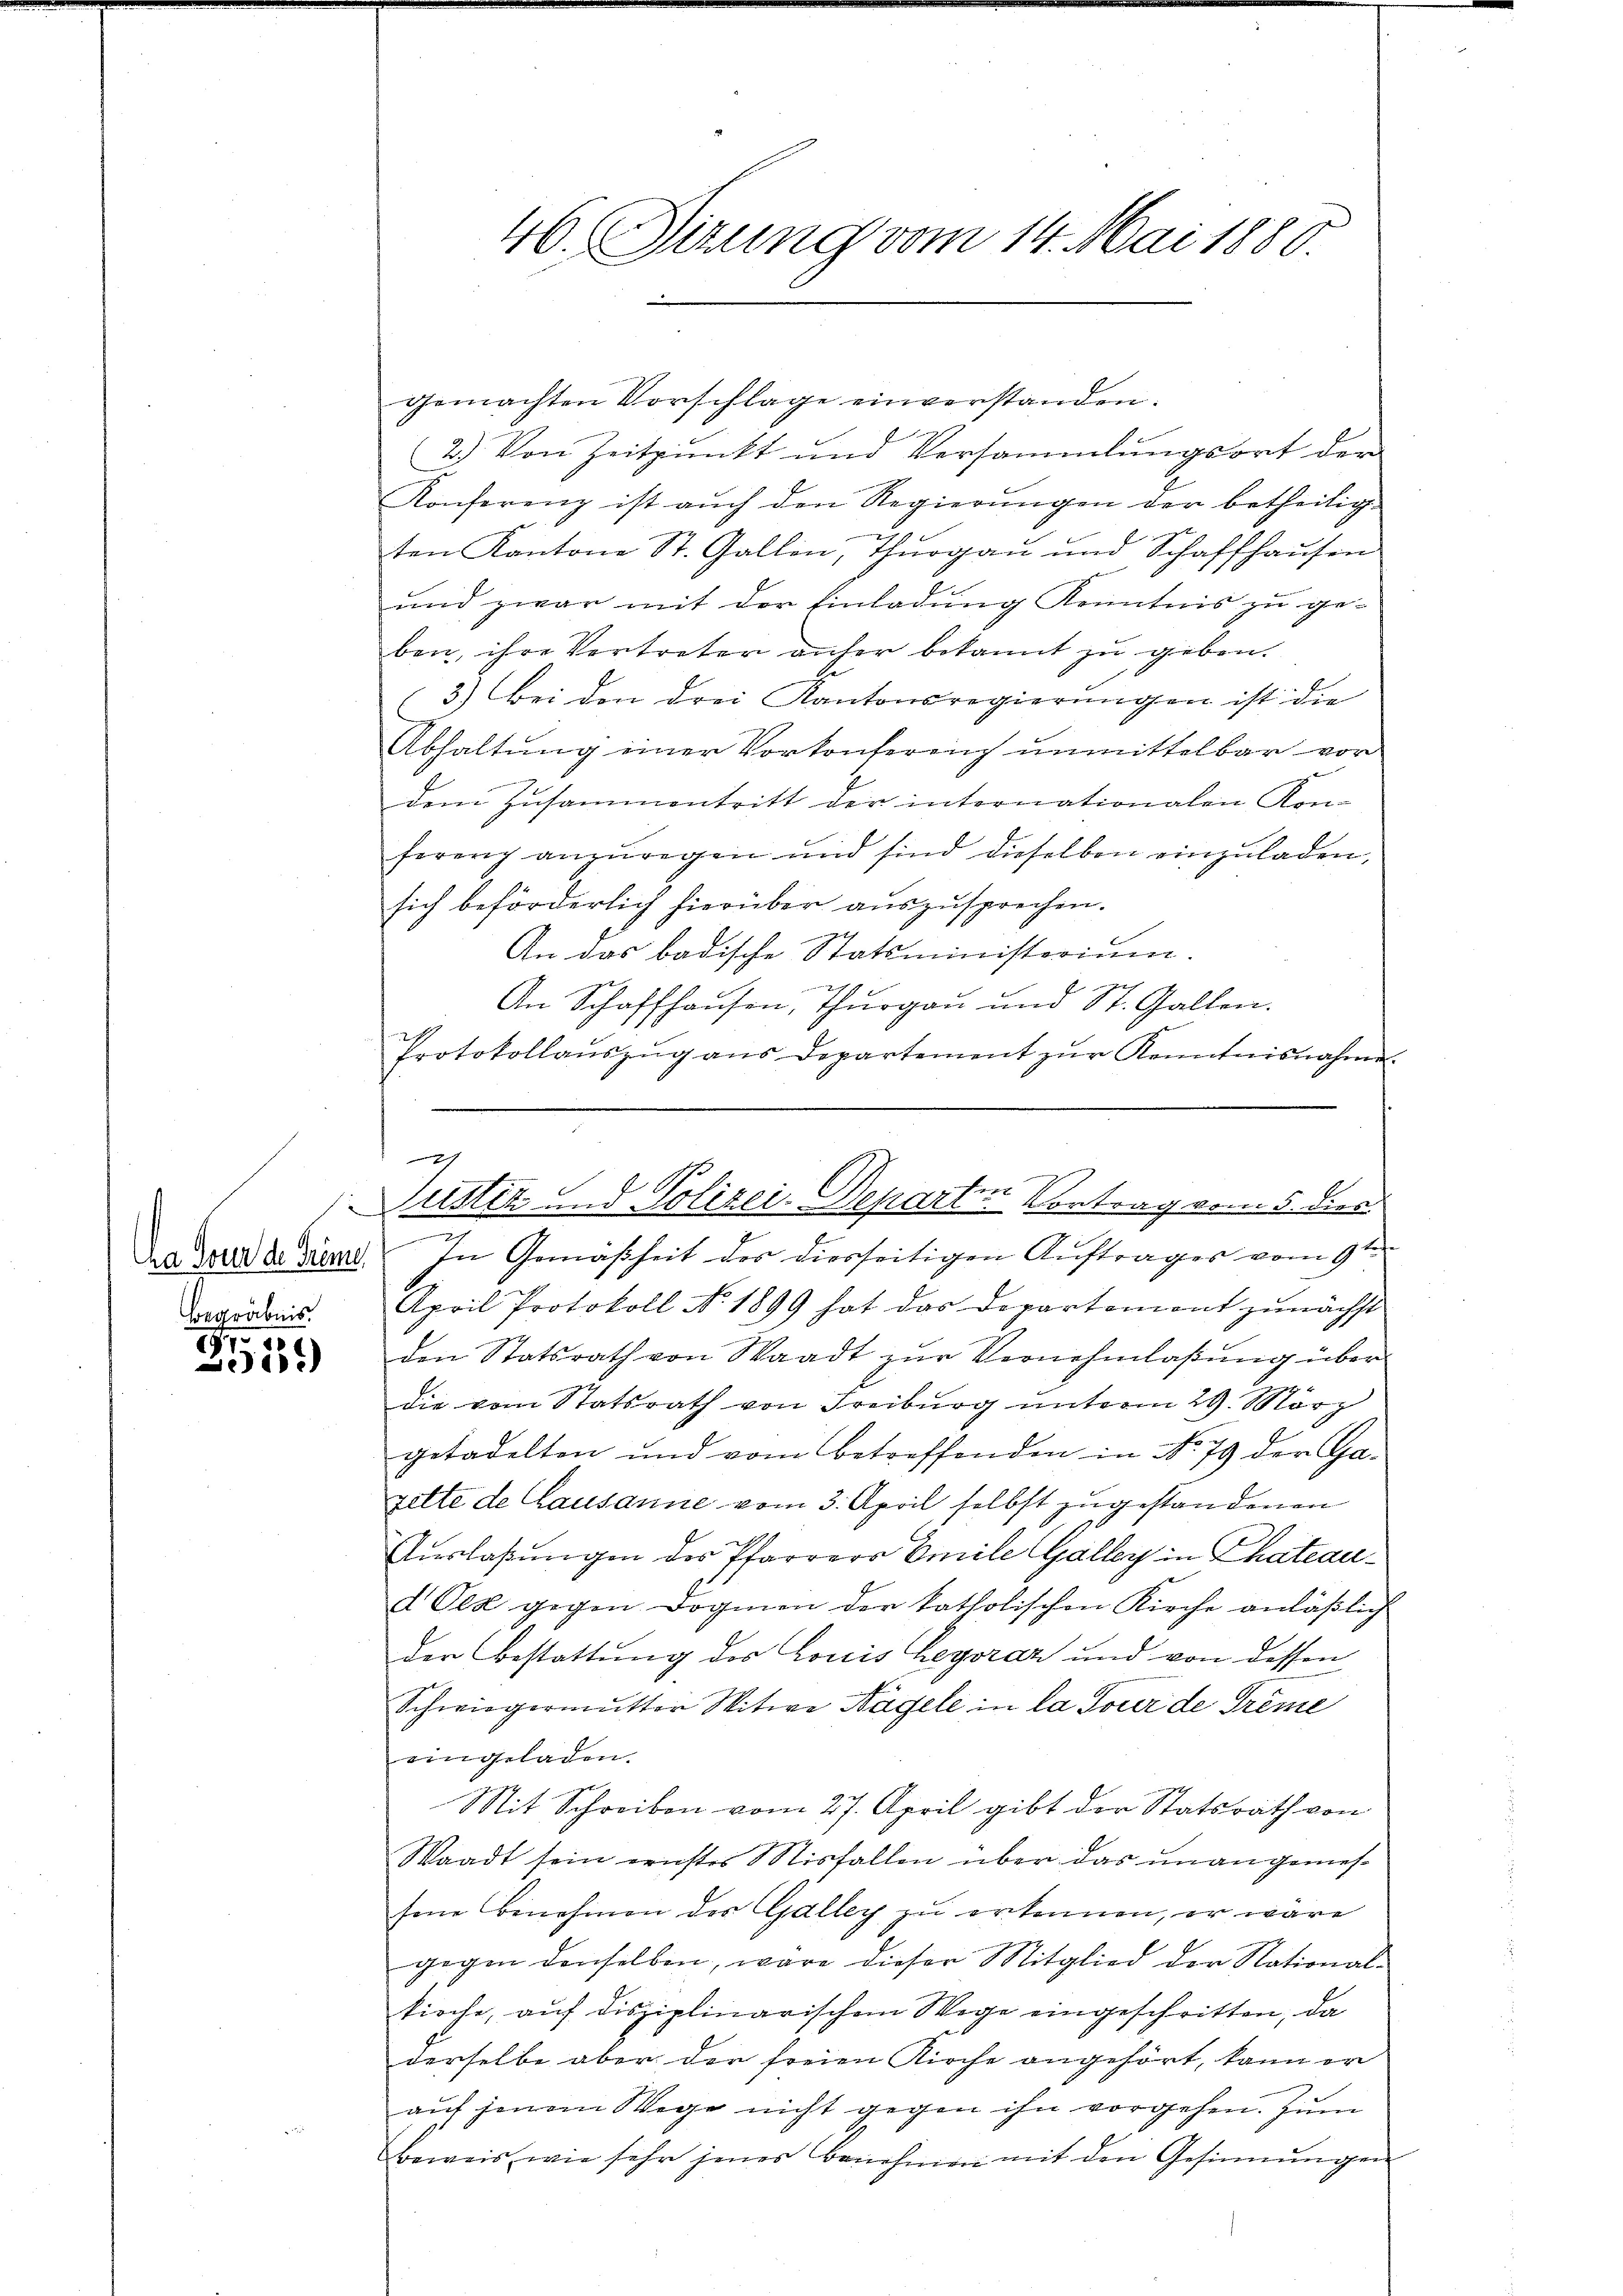
Begräbnis.

187
1)

gemachten Vorschlage einverstanden.
2.) Von Zeitpunkt und Versammlungsort der
Konferenz ist auch den Regierungen der betheilig
ten Kantone St. Gallen, Thurgau und Schaffhaŭsen
und zwar mit der Einladung Kenntnis zu ge-
ben, ihre Vertreter anher bekannt zu geben.
3.) Bei den drei Kantonsregierŭngen ist die
Abhaltung einer Vorkonfereich unmittelbar vor
dem Zusammentritt der internationalen Kon-
forenz anzŭregen und sind dieselben einzŭladen,
sich beförderlich hierüber auszusprechen.
An das badische Statsministerium.
An Schaffhausen, Thurgau und St. Gallen.
Protokollaŭszŭg ans Departement zŭr Kenntnisnahme.

46. Sitzung vom 14. Mai 1880.

x
Justiz und Polizei-Departen Vortrag vom 5. dies

.
ea der de seiner In Gemäßheit des diesseitigen Auftrages vom 9ten
April Protokoll No. 1899 hat das Departemont zunächst
den Statsrath von Waadt zŭr Vernehmlaβŭng über
die vom Statsrath von Freiburg unterm 29. März
getadelten und vom betreffenden in No. 79 der Ga-
zitte de Lausanne vom 3. April selbst zugestandenen
Auslaßungen der Pfarrers Emile Galley in Chateaud Ces gegen Dogmen der katholischen Kirche anläßlich
der Bestattung des Louis heyoraz und von dessen
Schwiegermutter Witwe Hagele in la Tour de Grême
eingeladen.
Mit Schreiben vom 27. April gibt der Statsrath von
Waadt sein ernstes Misfallen über das unangemessene Benehmen der Galley zu erkennen, er wäre
gegen denselben, wäre dieser Mitglied der National-
kirche, auf disziplinarischem Wege eingeschritten, da
derselbe aber der freien Kirche angehört, kann er
auf jenem Wege nicht gegen ihn vorgehen. Zum
beweis, wie sehr jenes Benehmen mit den Gesinnungen